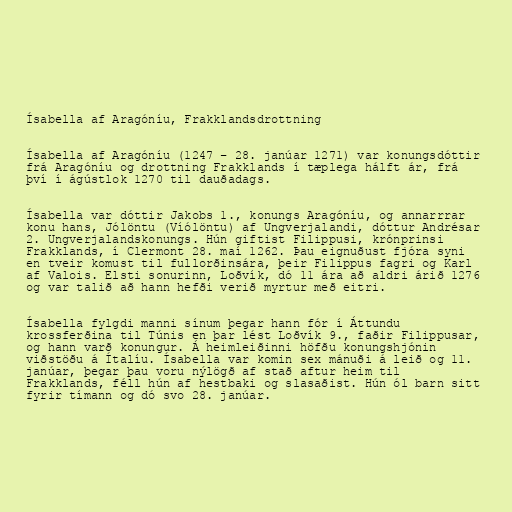
Ísabella af Aragóníu, Frakklandsdrottning

Ísabella af Aragóníu (1247 – 28. janúar 1271) var konungsdóttir
frá Aragóníu og drottning Frakklands í tæplega hálft ár, frá
því í ágústlok 1270 til dauðadags.

Ísabella var dóttir Jakobs 1., konungs Aragóníu, og annarrrar
konu hans, Jólöntu (Víólöntu) af Ungverjalandi, dóttur Andrésar
2. Ungverjalandskonungs. Hún giftist Filippusi, krónprinsi
Frakklands, í Clermont 28. maí 1262. Þau eignuðust fjóra syni
en tveir komust til fullorðinsára, þeir Filippus fagri og Karl
af Valois. Elsti sonurinn, Loðvík, dó 11 ára að aldri árið 1276
og var talið að hann hefði verið myrtur með eitri.

Ísabella fylgdi manni sínum þegar hann fór í Áttundu
krossferðina til Túnis en þar lést Loðvík 9., faðir Filippusar,
og hann varð konungur. Á heimleiðinni höfðu konungshjónin
viðstöðu á Ítalíu. Ísabella var komin sex mánuði á leið og 11.
janúar, þegar þau voru nýlögð af stað aftur heim til
Frakklands, féll hún af hestbaki og slasaðist. Hún ól barn sitt
fyrir tímann og dó svo 28. janúar.